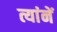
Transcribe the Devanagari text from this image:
त्यांनें